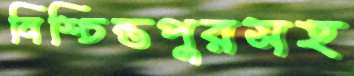
নিশ্চিন্তপুরসহ